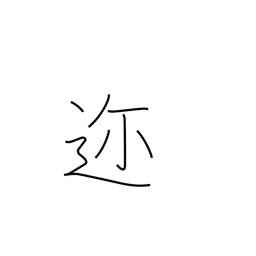
Meaning: near